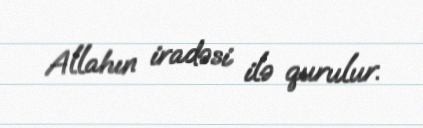
Allahın iradəsi ilə qurulur.